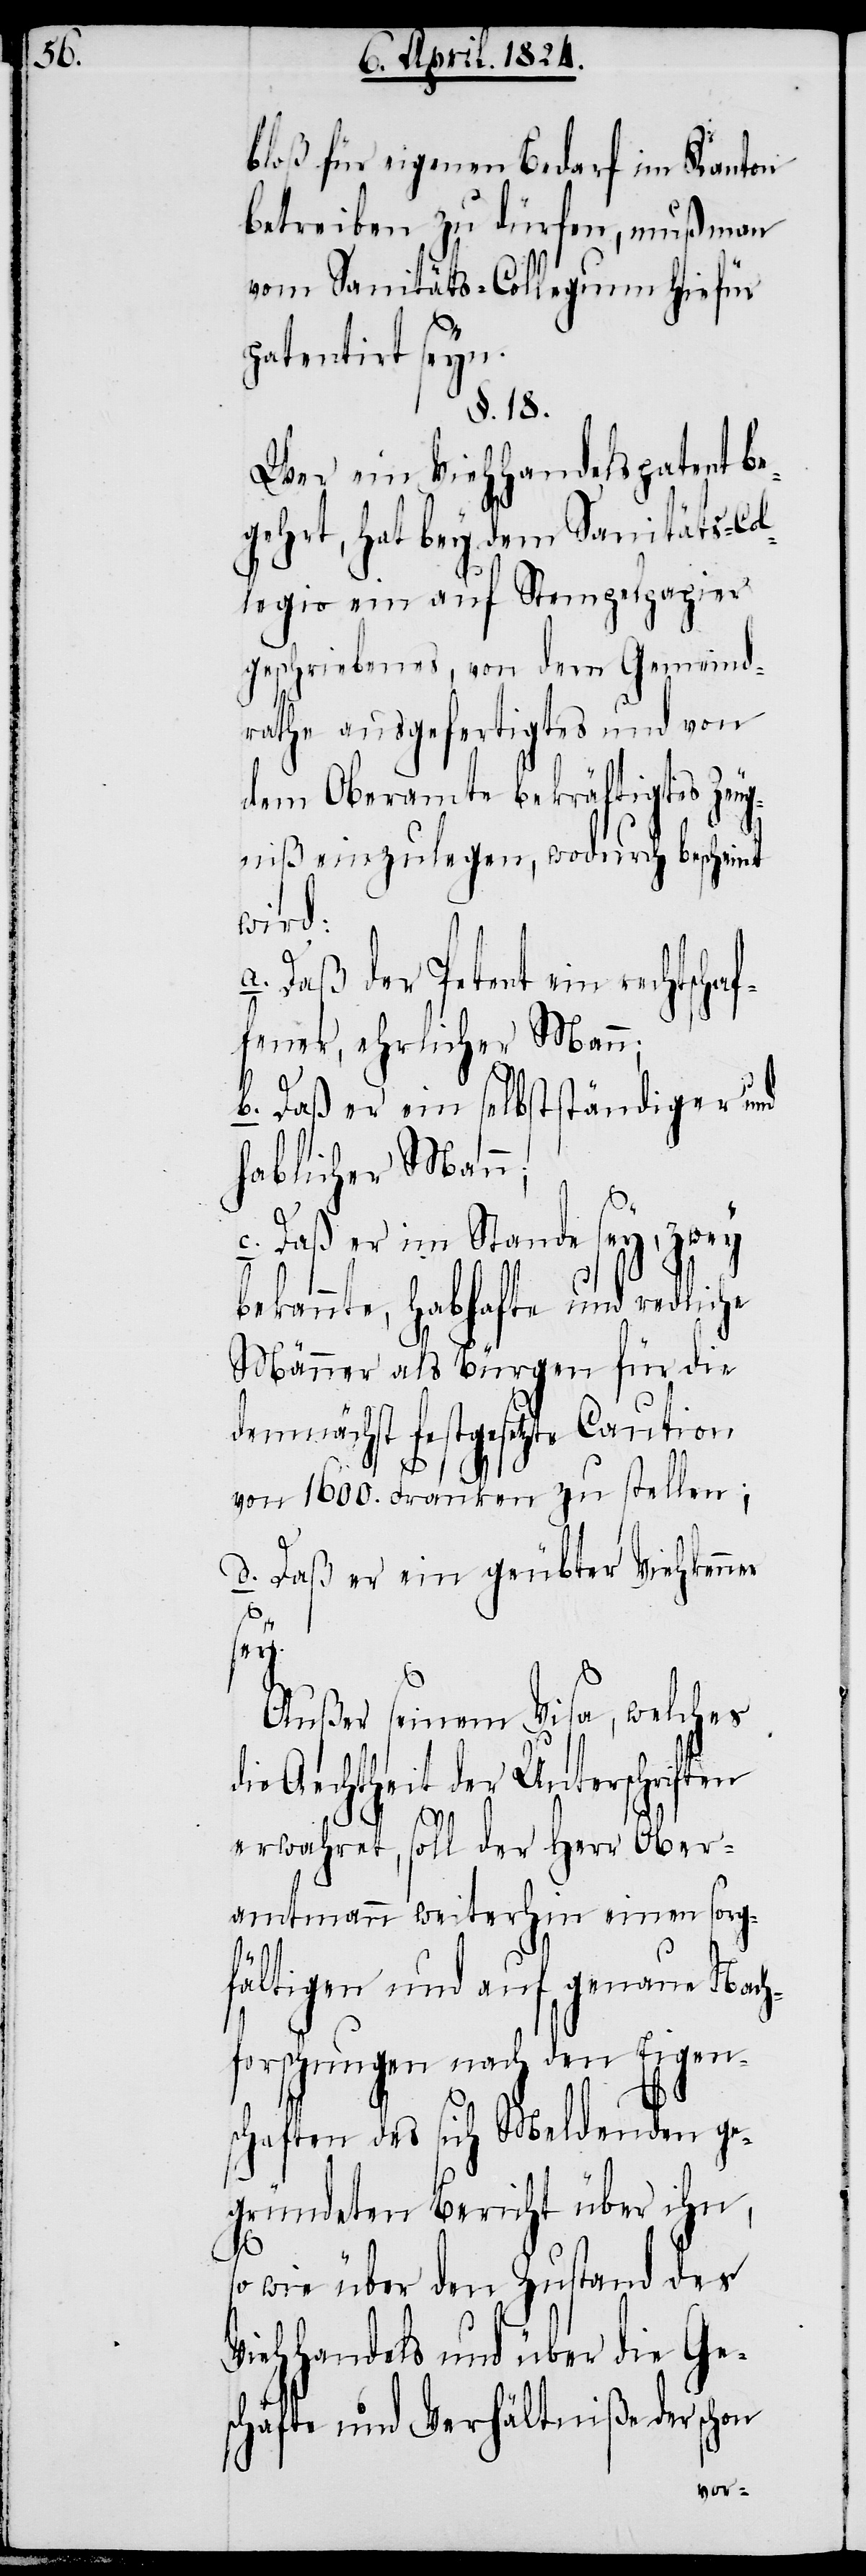
bloß für eigenen Bedarf im Kanton
betreiben zu dürfen, muß man
vom Sanitäts-Collegium hiefür
patentiert seyn.
§. 18.
Wer ein Viehhandelspatent be¬
gehrt, hat bey dem Sanitäts-Co¬
llegio ein auf Stempelpapier
geschriebenes, von dem Gemeind¬
rathe ausgefertigtes und von
dem Oberamte bekräftigtes Zeu¬
gniß einzulegen, wodurch bescheint
wird:
Daß der Petent ein rechtschaf¬
fener, ehrlicher Man¬
n;
b.) Daß er ein selbstständiger und
hablicher Mann;
c.) Daß er im Stande sey, zwey
bekannte, lebhafte und redliche
Männer als Bürgen für die
demnächst festgesetzte Caution
von 1600. Franken zu stellen;
d.) Daß er ein geübter Viehkenner
sey.
Außer seinem Visa, welches
die Aechtheit der Unterschriften
erwahret, soll der Herr Ober¬
amtmann weiterhin einen sorg¬
fältigen und auf genaue Nach¬
forschungen nach den Eigen¬
schaften des sich Meldenden ge¬
gründeten Bericht über ihn,
so wie über den Zustand des
Viehhandels und über die Ge¬
schäfte und Verhältniße der schon